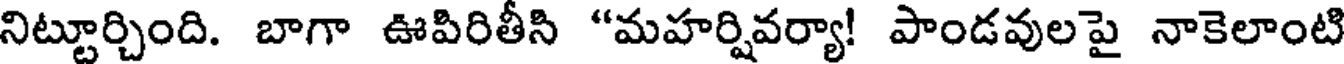
నిట్టూర్చింది. బాగా ఊపిరితీసి "మహర్షివర్యా! పాండవులపై నాకెలాంటి